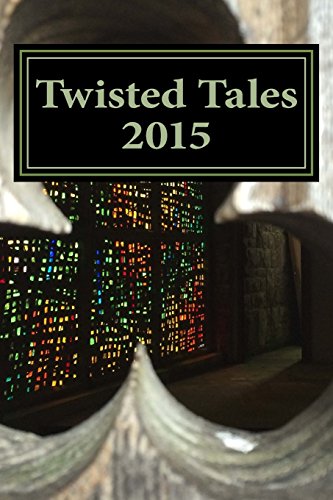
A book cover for Twisted Tales 2015: Flash Fiction with a twist; Simon Sylvester; Literature & Fiction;